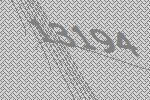
13194